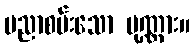
ပညာစမ်းသော ပုဏ္ဏား။